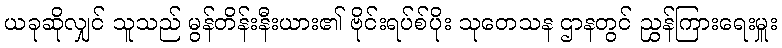
ယခုဆိုလျှင် သူသည် မွန်တိန်းနီးယား၏ ဗိုင်းရပ်စ်ပိုး သုတေသန ဌာနတွင် ညွှန်ကြားရေးမှူး